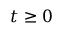
t \geq 0